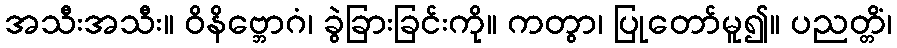
အသီးအသီး။ ဝိနိဗ္ဘောဂံ၊ ခွဲခြားခြင်းကို။ ကတွာ၊ ပြုတော်မူ၍။ ပညတ္တိံ၊